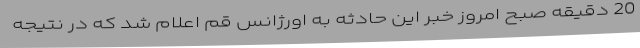
20 دقیقه صبح امروز خبر این حادثه به اورژانس قم اعلام شد که در نتیجه